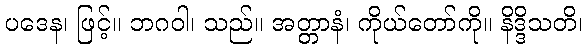
ပဒေန၊ ဖြင့်။ ဘဂဝါ၊ သည်။ အတ္တာနံ၊ ကိုယ်တော်ကို။ နိဒ္ဒိသတိ၊